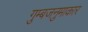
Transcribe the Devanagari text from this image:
गुम्बजनुमाकार